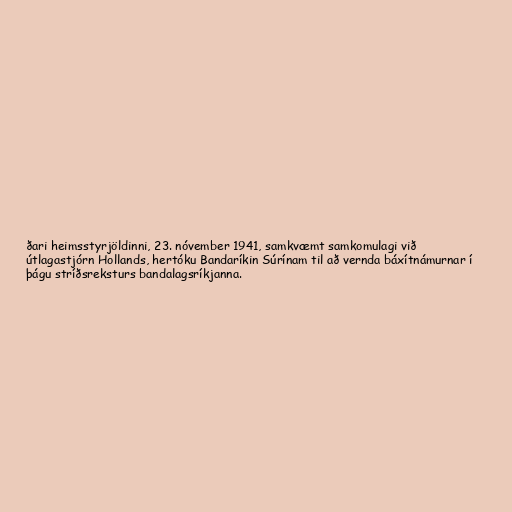
ðari heimsstyrjöldinni, 23. nóvember 1941, samkvæmt samkomulagi við
útlagastjórn Hollands, hertóku Bandaríkin Súrínam til að vernda báxítnámurnar í
þágu stríðsreksturs bandalagsríkjanna.